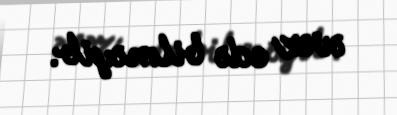
əvəz edə bilməyib.